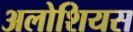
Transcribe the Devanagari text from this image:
अलोशियस